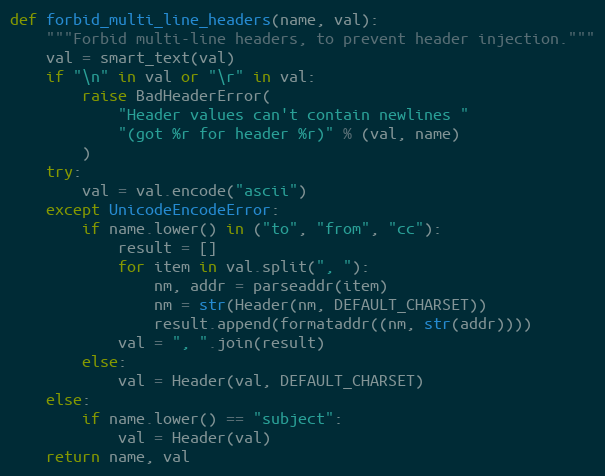
Language: Python
def forbid_multi_line_headers(name, val):
    """Forbid multi-line headers, to prevent header injection."""
    val = smart_text(val)
    if "\n" in val or "\r" in val:
        raise BadHeaderError(
            "Header values can't contain newlines "
            "(got %r for header %r)" % (val, name)
        )
    try:
        val = val.encode("ascii")
    except UnicodeEncodeError:
        if name.lower() in ("to", "from", "cc"):
            result = []
            for item in val.split(", "):
                nm, addr = parseaddr(item)
                nm = str(Header(nm, DEFAULT_CHARSET))
                result.append(formataddr((nm, str(addr))))
            val = ", ".join(result)
        else:
            val = Header(val, DEFAULT_CHARSET)
    else:
        if name.lower() == "subject":
            val = Header(val)
    return name, val